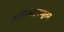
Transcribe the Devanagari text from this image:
गुरुचित्पदमच्युतम्